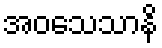
အဝသေသာနိ